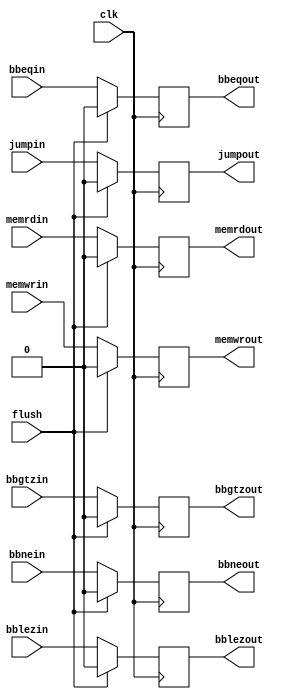
/*
* Function: This is a group of registers contain all control signals during
* MEMory access stage, namely MemWr, MemRd, BBne, BBeq, BBlez, BBgtz, Jump.
* flush pin is to zero all control signals, it is asynchronous, active HIGH.
*/

module memreg ( input wire clk,
                input wire flush,
               input wire memwrin,
               input wire memrdin,
               input wire bbnein,
               input wire bbeqin,
               input wire bblezin,
               input wire bbgtzin,
               input wire jumpin,
               output wire memwrout,
               output wire memrdout,
               output wire bbneout,
               output wire bbeqout,
               output wire bblezout,
               output wire bbgtzout,
               output wire jumpout);

// internal registers
reg memwr, memrd, bbne, bbeq, bblez, bbgtz, jump;

// registers always output their contents
assign memwrout = memwr;
assign memrdout = memrd;
assign bbneout = bbne;
assign bbeqout = bbeq;
assign bblezout = bblez;
assign bbgtzout = bbgtz;
assign jumpout = jump;

// write data
always @(posedge clk) begin
    if (flush == 1'b1) begin
        memwr <= 'b0;
        memrd <= 'b0;
        bbne <= 'b0;
        bbeq <= 'b0;
        bblez <= 'b0;
        bbgtz <= 'b0;
        jump <= 'b0;
    end else begin
        memwr <= memwrin;
        memrd <= memrdin;
        bbne <= bbnein;
        bbeq <= bbeqin;
        bblez <= bblezin;
        bbgtz <= bbgtzin;
        jump <= jumpin;
    end
end

endmodule